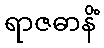
ရာဇဓာနိံ